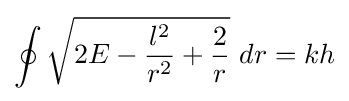
\oint {\sqrt {2E-{l^{2} \over r^{2}}+{2 \over r}}}\ dr=kh